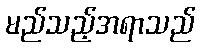
မည်သည့်အရာသည်